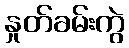
နှုတ်ခမ်းကွဲ